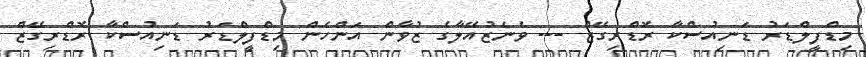
މިޑްފީލްޑަރު ޑަނިއުސްކާ ރޮޑްރިގޭޒް --- ވެނެޒުއޭލާގެ ޒުވާން އަންހެން މިޑްފީލްޑަރު ޑަނިއުސްކާ ރޮޑްރިގޭޒް